Revision of Machinery of Youth Service Scheme, 1942
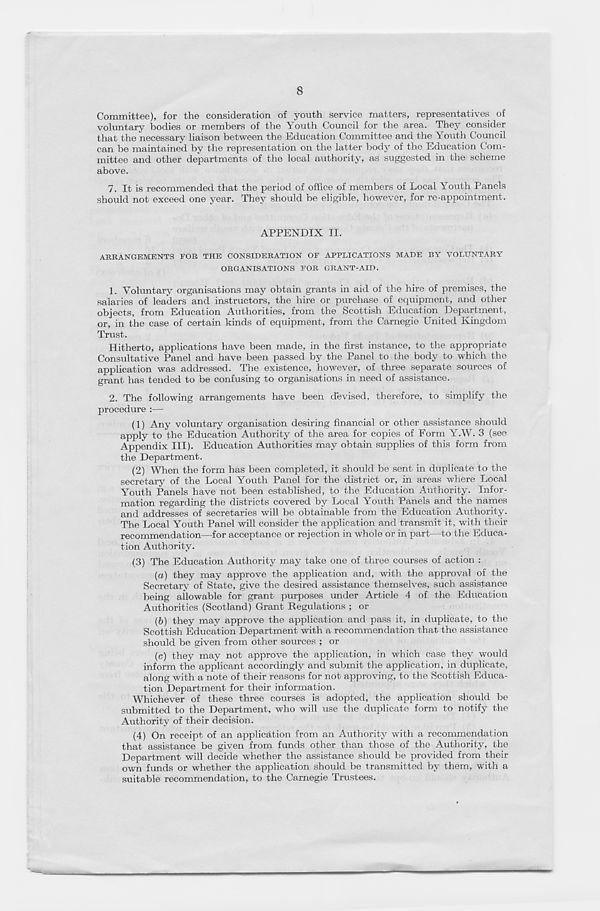
8
Committee), for the consideration of youth service matters, representatives of
voluntary bodies or members of the Youth Council for the area. They consider
that the necessary liaison between the Education Committee and the Youth Council
can be maintained by the representation on the latter body of the Education Com-
mittee and other departments of the local authority, as suggested in the scheme
above.
7. It is recommended that the period of office of members of Local Youth Panels
should not exceed one year. They should be eligible, however, for re-appointment.
APPENDIX II.
ARRANGEMENTS FOR THE CONSIDERATION OF APPLICATIONS MADE BY VOLUNTARY
ORGANISATIONS FOR GRANT-AID.
1. Voluntary organisations may obtain grants in aid of the hire of premises, the
salaries of leaders and instructors, the hire or purchase of equipment, and other
objects, from Education Authorities, from the Scottish Education Department,
or, in the case of certain kinds of equipment, from the Carnegie United Kingdom
Trust.
Hitherto, applications have been made, in the first instance, to the appropriate
Consultative Panel and have been passed by the Panel to the body to which the
application was addressed. The existence, however, of three separate sources of
grant has tended to be confusing to organisations in need of assistance.
2. The following arrangements have been devised, therefore, to simplify the
procedure :—
(1) Any voluntary organisation desiring financial or other assistance should
apply to the Education Authority of the area for copies of Form Y.W. 3 (see
Appendix III). Education Authorities may obtain supplies of this form from
the Department.
(2) When the form has been completed, it should be sent in duplicate to the
secretary of the Local Youth Panel for the district or, in areas where Local
Youth Panels have not been established, to the Education Authority. Infor-
mation regarding the districts covered by Local Youth Panels and the names
and addresses of secretaries will be obtainable from the Education Authority.
The Local Youth Panel will consider the application and transmit it, with their
recommendation—for acceptance or rejection in whole or in part—to the Educa-
tion Authority.
(3) The Education Authority may take one of three courses of action :
(a) they may approve the application and, with the approval of the
Secretary of State, give the desired assistance themselves, such assistance
being allowable for grant purposes under Article 4 of the Education
Authorities (Scotland) Grant Regulations ; or
(b) they may approve the application and pass it, in duplicate, to the
Scottish Education Department with a recommendation that the assistance
should be given from other sources ; or
(c) they may not approve the application, in which case they would
inform the applicant accordingly and submit the application, in duplicate,
along with a note of their reasons for not approving, to the Scottish Educa-
tion Department for their information.
Whichever of these three courses is adopted, the application should, be
submitted to the Department, who will use the duplicate form to notify the
Authority of their decision.
(4) On receipt of an application from an Authority with a recommendation
that assistance be given from funds other than those of the Authority, the
Department will decide whether the assistance should be provided from their
own funds or whether the application should be transmitted by them, with a
suitable recommendation, to the Carnegie Trustees.